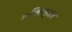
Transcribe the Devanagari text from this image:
शक्तिनुसार